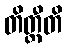
တိတ္တီတိ